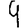
Digit: 9